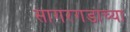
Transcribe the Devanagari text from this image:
सागरगडाच्या